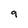
Character: q